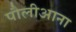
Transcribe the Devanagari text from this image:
पौलीआना